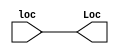

module pc(input [63:0]loc,output [63:0]Loc);

assign Loc=loc;

endmodule